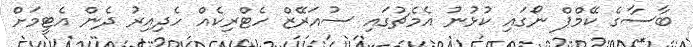
ބާސާގެ ކޭމްޕް ނޯގައި ކުޅުނު އެމެޗުގައި ސުއަރޭޒް ހެޓްރިކެއް ހެދިއިރު ދެން އެޓީމަށް